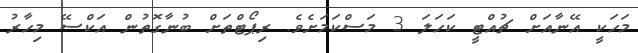
މަހަކީ އޭނާއަށް ޗުއްޓީ ކަހަލަ 3 މަސްކަމަށެވެ. ރިޕޯޓްތަށް ބުނާގޮތުން އަކްސޭ މިހާރު